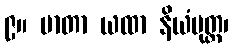
၉။ မာတာ ယထာ နိယံပုတ္တ၊